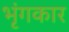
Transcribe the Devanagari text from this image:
भृंगकार